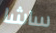
ساشا